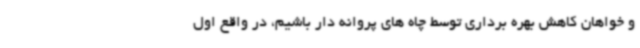
و خواهان کاهش بهره برداری توسط چاه های پروانه دار باشیم، در واقع اول